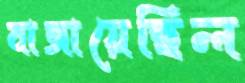
বাজায়েছিল